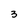
Character: 3